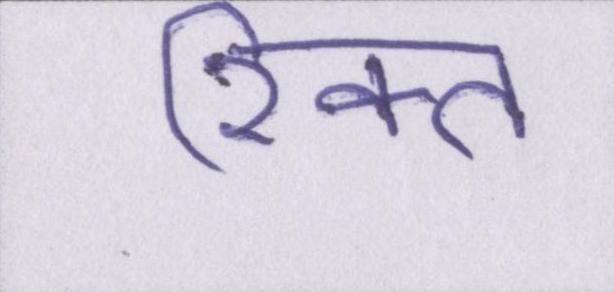
रिक्त